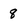
Character: 8